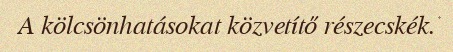
A kölcsönhatásokat közvetítő részecskék.